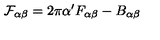
{ \cal F } _ { \alpha \beta } = 2 \pi \alpha ^ { \prime } F _ { \alpha \beta } - B _ { \alpha \beta }